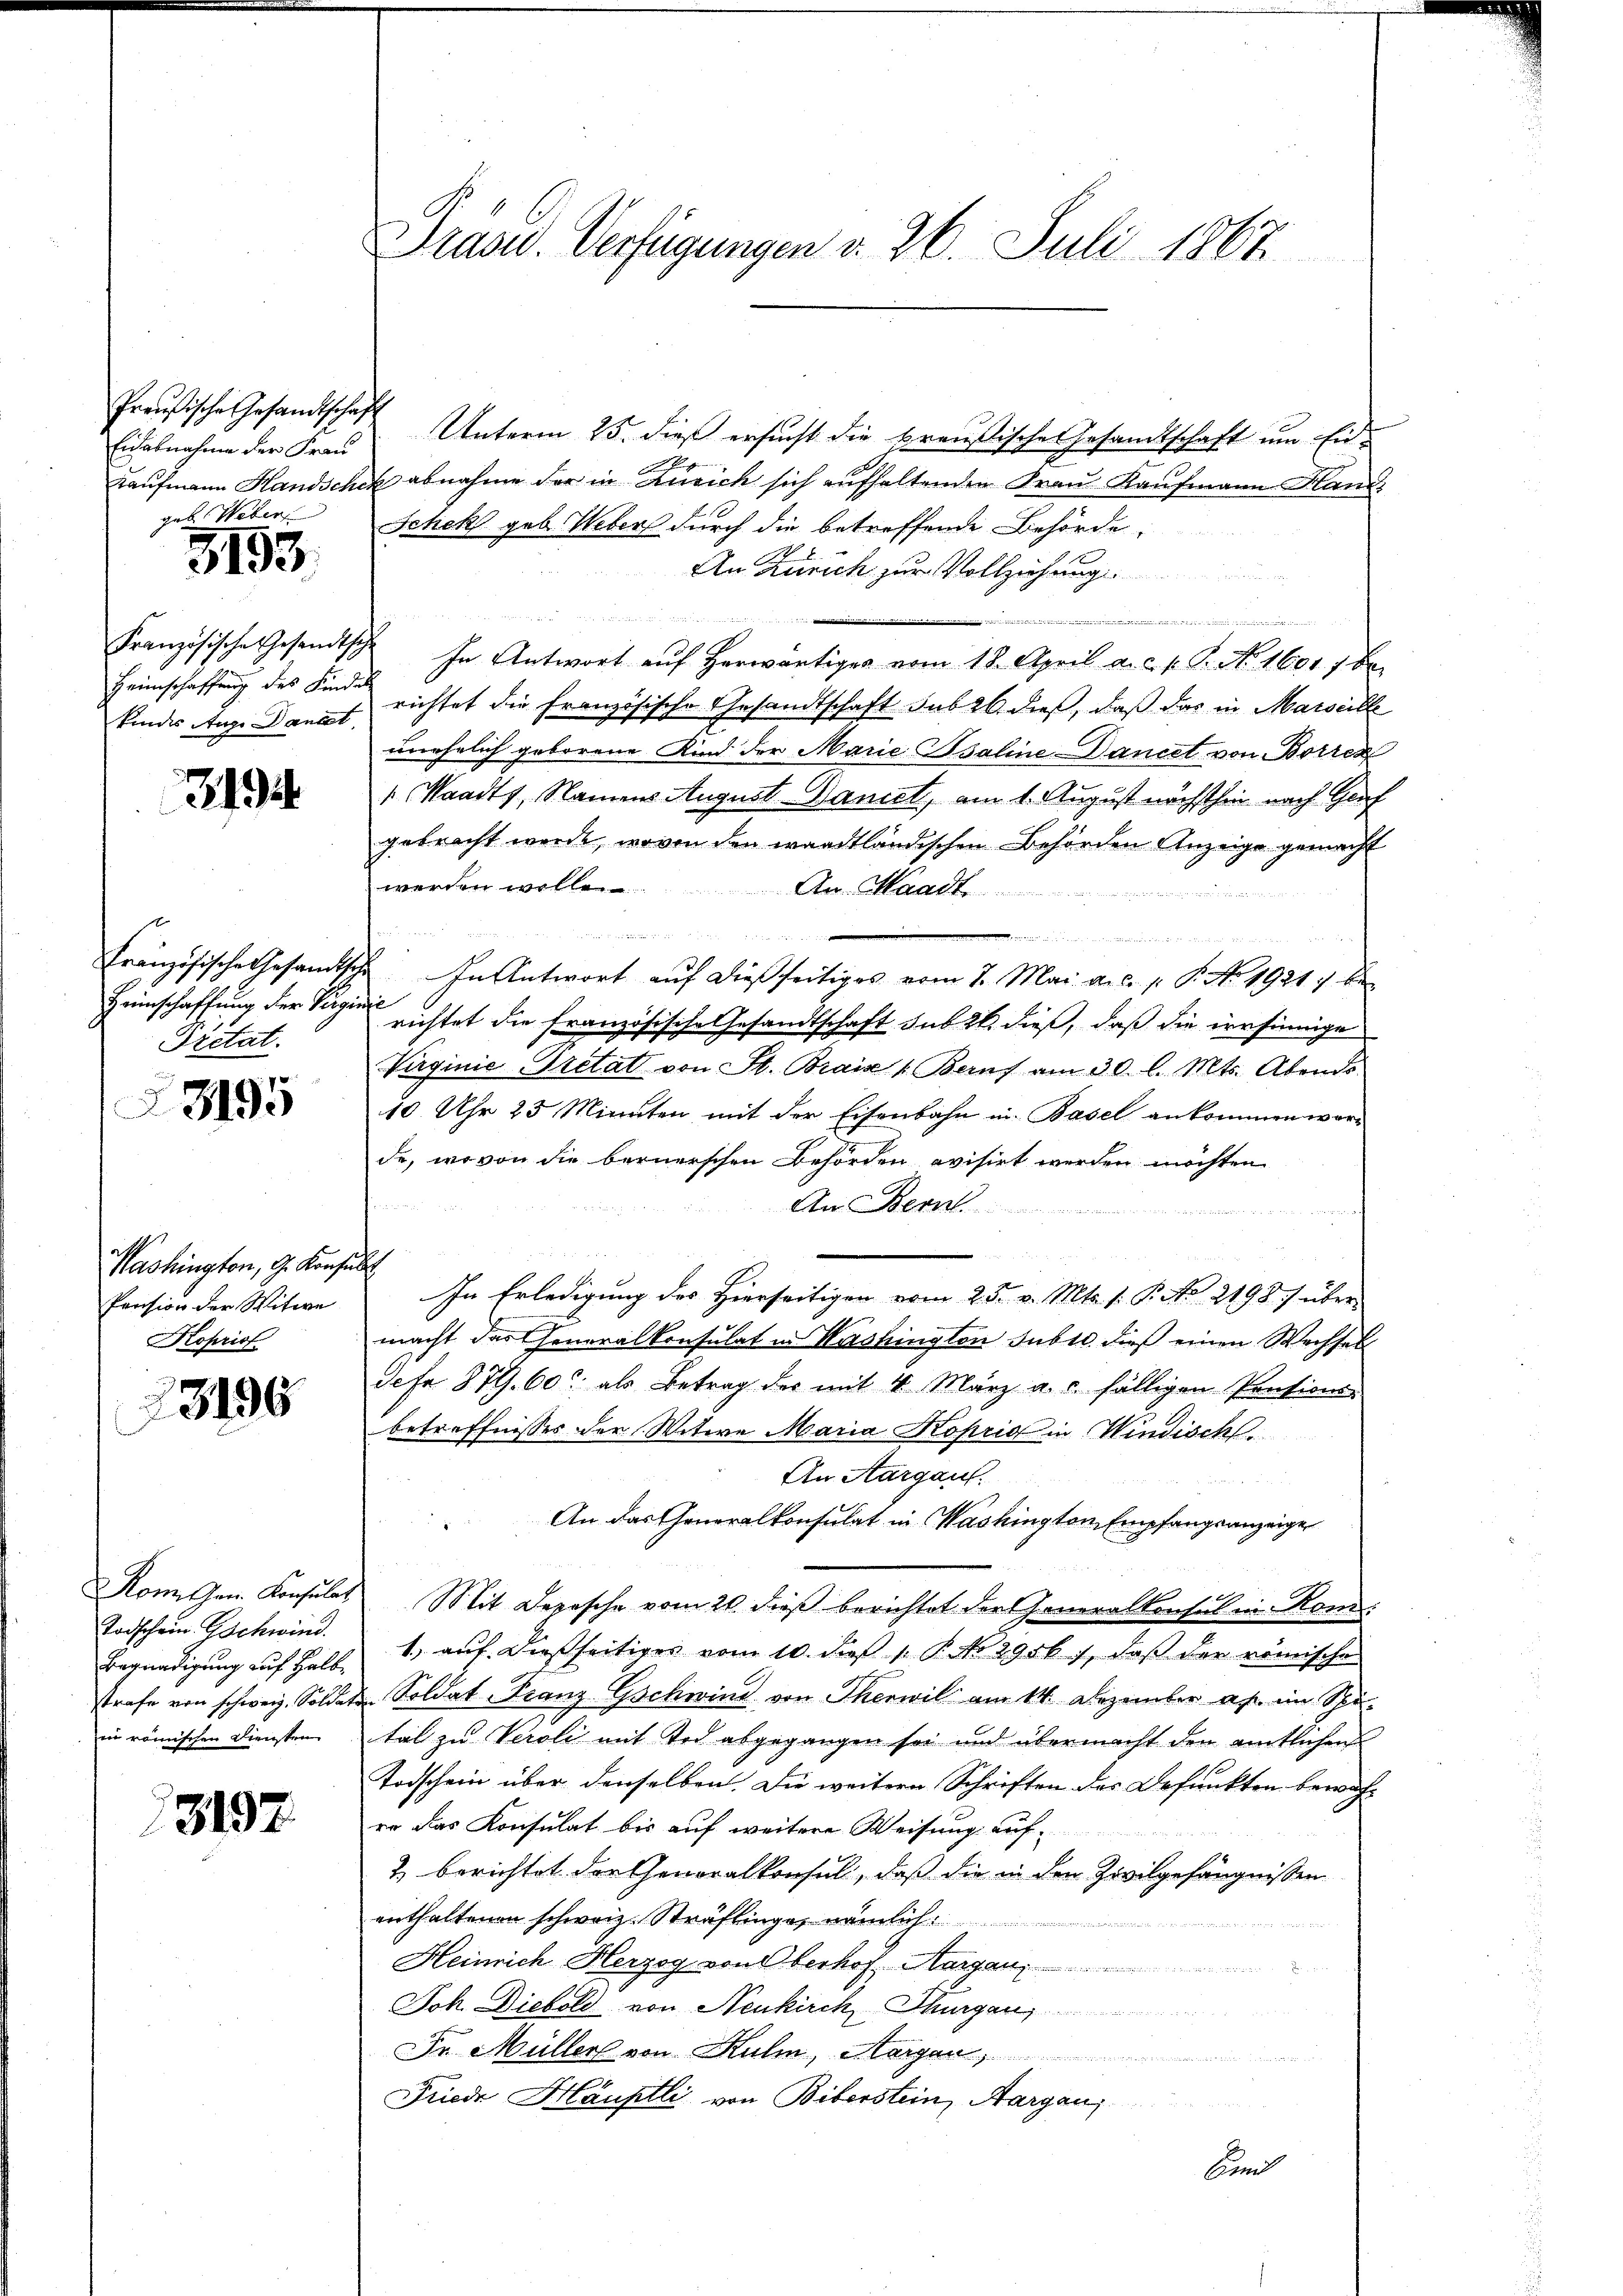
Eidabnahme der Frau
ak be

3193.

Heimschaffung des Kindes
kindes Auge Danket,

39

Heimschaffung der Virginie
Dretat.

3195

Washington, G. Konsult
Parision der Witwe
Kopriof

73196

Todschein Gschwind
Begnadigung auf Halbin römischen Diensten

3197

Preußische Gesandtschaft Unterm 25. dieß ersucht die preußische Gesandtschaft um End¬
Kaufmann Handschek abnahme der in Zürich sich aufhaltenden Frau Kaufmann Hand
Schek geb. Weber durch die betreffende Behörde
An Zürich zur Vollziehung
 me der
.
Französische Gesandtsch In Antwort auf herwärtiges vom 18. April a. c. v. J. No. 1601. 7 de
richtet die Französische Gesandtschaft sub 26. dieß, daß das in Marseille
unehelich geborene Kind der Marie Baline Dancet von Borres
" Waadt, Namens August Daniel, am 1. August nächsthin nach Graf
gebracht werde, wovon den waadtländischen Behörden Anzeige gemacht
werden wolle. An Maatt.

Französische Gesandtsche. In Antwort auf dießseitiges vom 1. Mai a.c. p. P. No. 1921 7 bei
richtet die französische Gesandtschaft sub 20. dieß, daß die ernsinnige
Virginie Tretat von St. Braiz 1. Beruf am 30. l. Mts. Abends
10 Uhr 23 Minuten mit der Eisenbahn in Basel ankommen worde, wovon die bernerschen Behörden evisirt werden möchten
An Bern
In Erledigung des Hierseitigen vom 25. v. Mts. s. P. No 2198 / über
macht das Generalkonsulat in Washington subte dieß einen Wechsel
Sefe 879. 60 als Betrag der mit 4. März a. c. fälligen Pensions
betreffnisses der Witwe Maria Koprio in Windische
An Aargau.
2
An das Generalkonsulat in Washington, Empfangsanzeige
Kom. Gen. Konsulat Mit Depesche vom 20. dieß berichtet der Generalkonsul in Kon¬
1., auf dießseitiges vom 10. daß 1 P. No 2956), daß der römische
strafe von schweiz. Soldaten Soldat Franz-Gschwind von Therwil am 14. Dezember a. im Spital zu Veroli mit Tod abgegangen sei und übermacht den amtlichen
Todschein über denselben. Die weitern Schriften des Befunkten bewäheo das Konsulat bis auf weitere Weisung auf
2) berichtet der Generalkonsul, daß die in den Zivilgefängnissen
enthaltenen schweiz. Sträflinge, nämlich:
Heinrich Herzog von Oberhof Margau,
Joh. Diebold von Neukirch, Thurgan
Dr. Müller von Kulm, Morgen
Friede Häuptli von Biberstein, Aargau,
Conn

Prand. Verfügungen v. 26. Juli 1867.